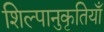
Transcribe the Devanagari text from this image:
शिल्पानुकृतियाँ